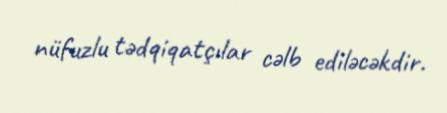
nüfuzlu tədqiqatçılar cəlb ediləcəkdir.